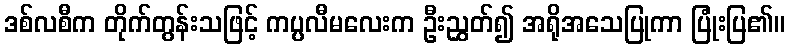
ဒစ်လစီက တိုက်တွန်းသဖြင့် ကပ္ပလီမလေးက ဦးညွှတ်၍ အရိုအသေပြုကာ ပြုံးပြ၏။